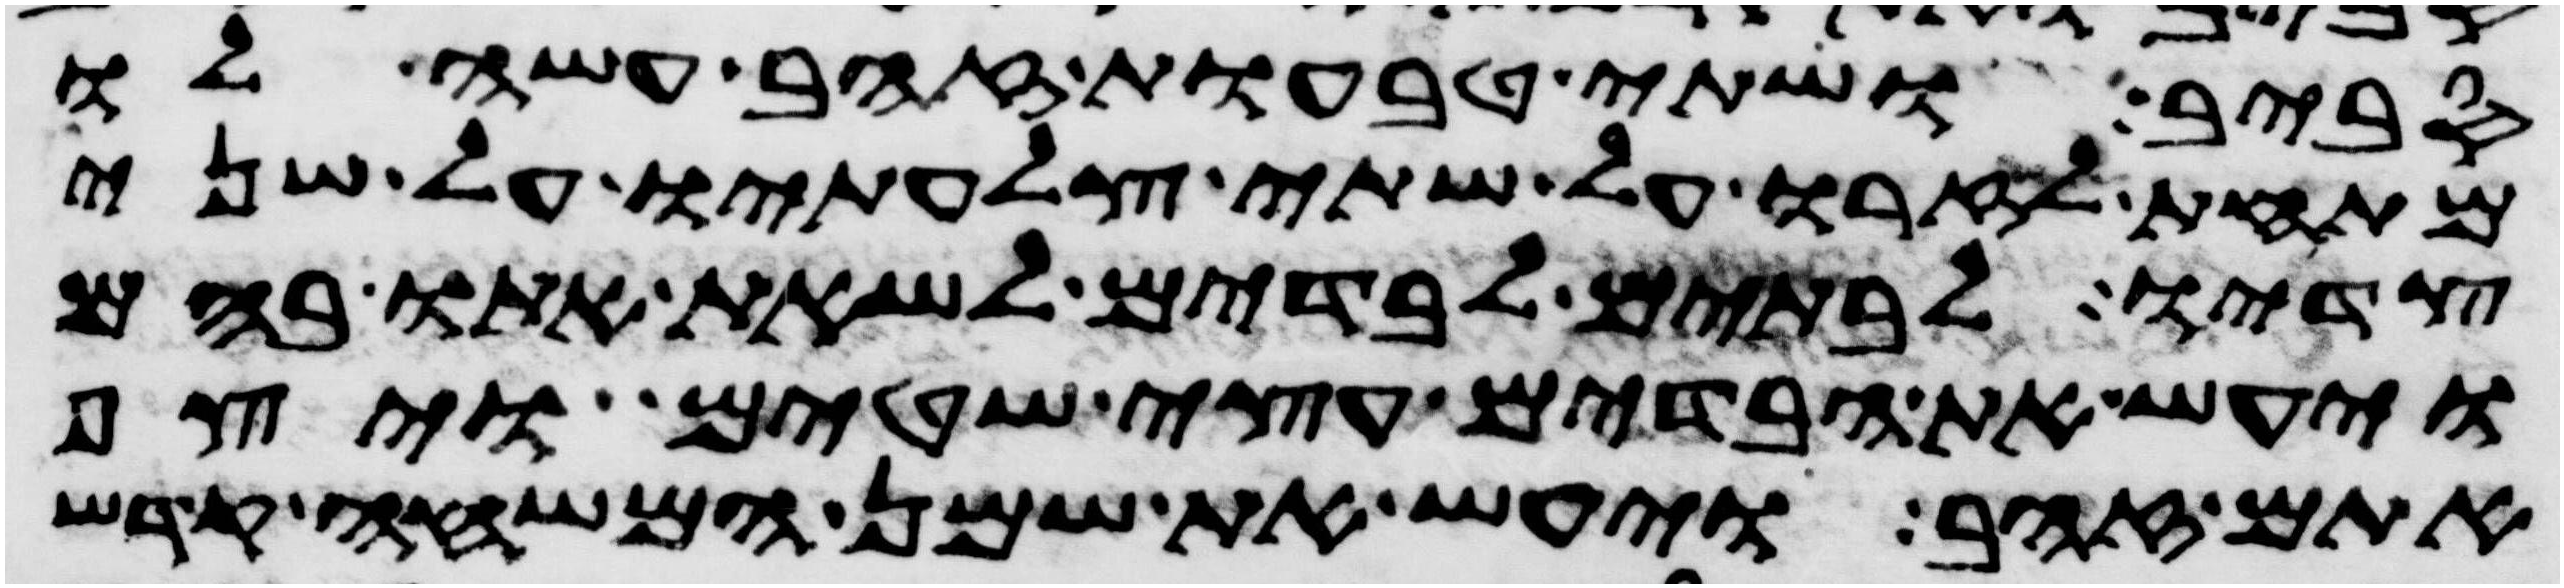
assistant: סביב ושתי טבעות זהב עשה לו
מתחת לזרו על שתי צלעתיו על שני
צדיו לבתים לבדים לשאת אתו בהם
ויעש את הבדים עצי שטים ויצף
אתם זהב ויעש את שמן המשחה קדש